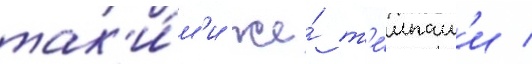
так'и́м'и же́ т'е́мпам'и /